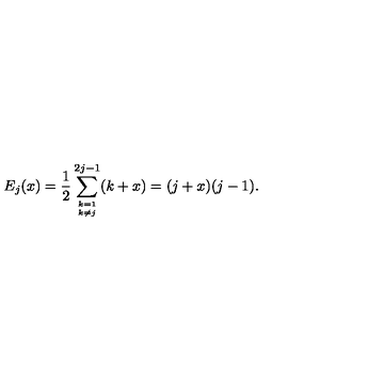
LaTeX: E _ { j } ( x ) = \frac { 1 } { 2 } \sum _ { { k = 1 \atop k \neq j } } ^ { 2 j - 1 } ( k + x ) = ( j + x ) ( j - 1 ) .